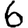
Digit: 6